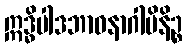
ဣဒ္ဓိပါဒဘာဝနာဂါမိနိဉ္စ